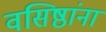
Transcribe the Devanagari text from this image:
वसिष्ठांना